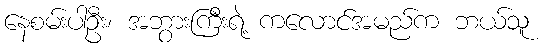
နေစမ်းပါဦး၊ အဘွားကြီးရဲ့ ကလောင်အမည်က ဘယ်သူ